Civil Veterinary Department. Central Provinces & Berar 1932-41 - 1932-1941
Year: 1932
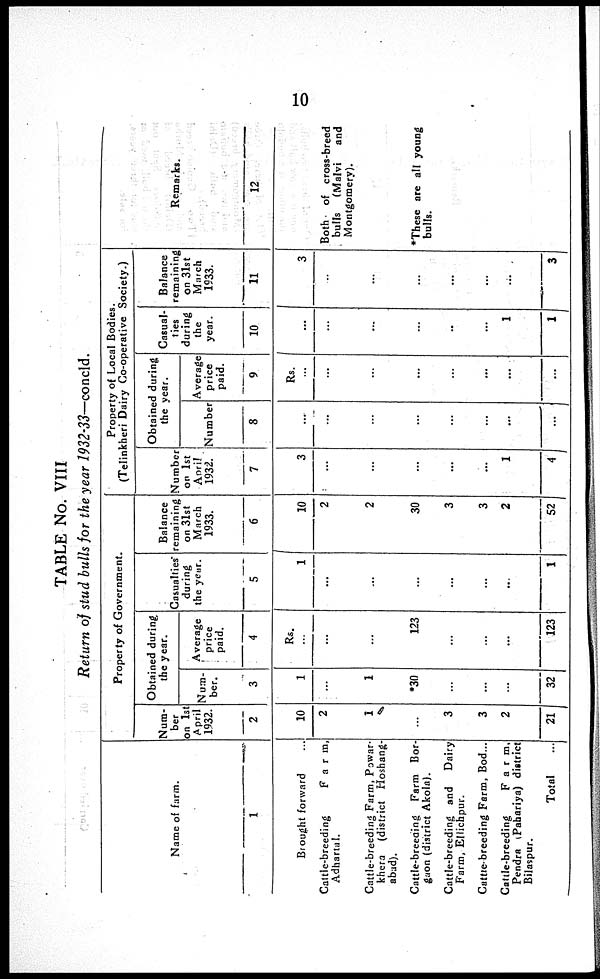
10
TABLE No. VIII
Return of stud bulls for the year 1932-33—concld.
Name of farm.
1
Brought forward ...
Cattle-breeding
Farm,
Adhartal.
Cattle-breeding Farm, Powar-
khera (district Hoshang-
abad).
Cattle-breeding Farm Bor-
gaon (district Akola).
Cattle-breeding and
Dairy
Farm, Ellichpur.
Cattle-breeding Farm, Bod...
Cattle-breeding
Farm,
Pendra (Pahariya) district
Bilaspur.
Total ...
Property of Government.
Num-
ber
on 1st
April
1932.
2
10
2
1
...
3
3
2
21
Obtained during
the year.
Num-
ber.
3
1
...
1
30
...
...
...
32
Average
price
paid.
4
Rs.
...
...
...
123
...
...
...
123
Casualties
during
the year.
5
1
...
...
...
...
...
...
1
Balance
remaining
on 31st
March
1933.
6
10
2
2
30
3
3
2
52
Property of Local Bodies.
(Telinkheri Dairy Co-operative Society.)
Number
on 1st
April
1932.
7
3
...
...
...
...
...
1
4
Obtained during
the year.
Number
8
...
...
...
...
...
...
...
...
Average
price
paid.
9
Rs.
...
...
...
...
...
...
...
...
Casual-
ties
during
the
year.
10
...
...
...
...
...
...
1
1
Balance
remaining
on 31st
March
1933.
11
3
...
...
...
...
...
...
3
Remarks.
12
Both of cross-breed
bulls
(Malvi
and
Montgomery).
*These are all young
bulls.